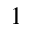
^ { 1 }